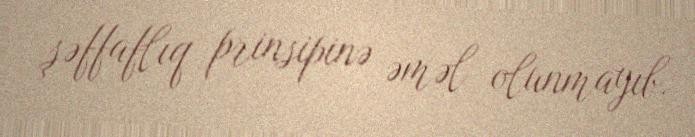
şəffaflıq prinsipinə əməl olunmayıb.